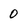
Character: 0